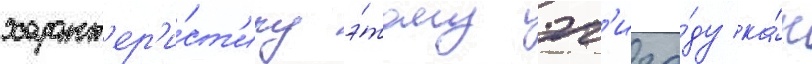
характ'ер'и́ст'ику э́тому эп'изо́ду ка́к